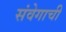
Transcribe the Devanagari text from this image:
संवेगाची